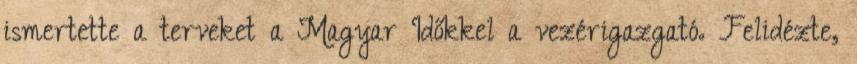
ismertette a terveket a Magyar Időkkel a vezérigazgató. Felidézte,